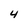
Character: 4